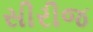
સીરીજ